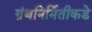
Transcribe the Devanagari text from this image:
ग्रंथनिर्मितीकडे